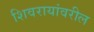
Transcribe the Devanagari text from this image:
शिवरायांवरील